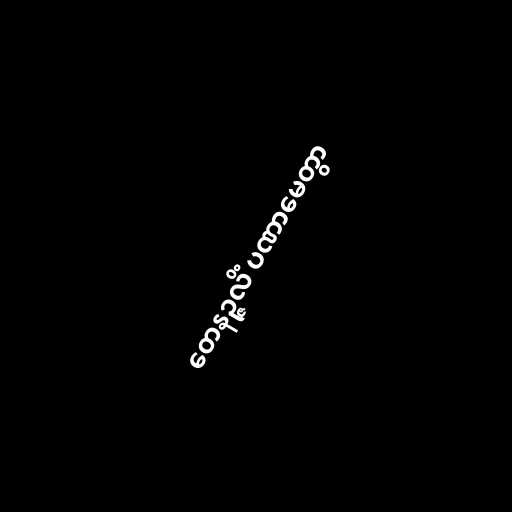
တေနဉ္ဇလိံ ပဏာမေတွာ